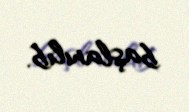
başlanılıb.